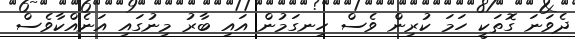
ދެވަނަ ގޮތަކީ ހަމަ ކުރިން ވެސް ހިނގަމުން އައި ބާރު މިނުގައި އަނެއްކާވެސް